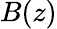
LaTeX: B(z)